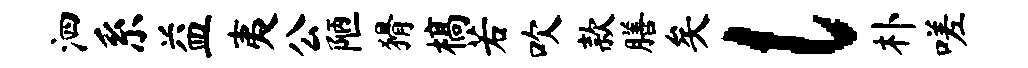
泗系益夷公陋猾槁若吹款膳矣l朴嗟